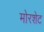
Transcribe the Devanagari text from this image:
मोरशेट